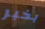
بخبر